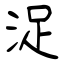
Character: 浞